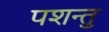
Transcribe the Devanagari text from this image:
पशन्तु